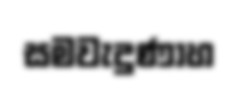
සමවැදුණාහ